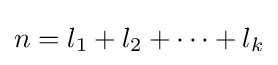
n=l_{1}+l_{2}+\cdots +l_{k}